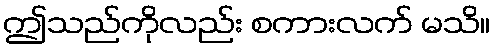
ဤသည်ကိုလည်း စကားလက် မသိ။